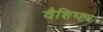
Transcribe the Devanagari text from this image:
वैशिष्ष्ट्य